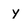
Character: y